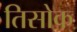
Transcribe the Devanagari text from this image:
तिसोक